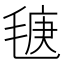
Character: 𣮣